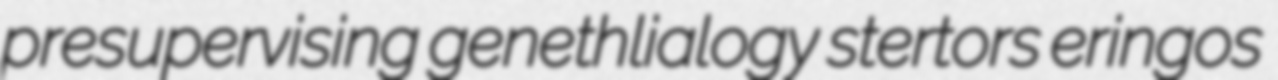
presupervising genethlialogy stertors eringos